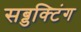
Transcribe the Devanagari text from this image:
सब्डक्टिंग